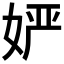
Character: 𱙔